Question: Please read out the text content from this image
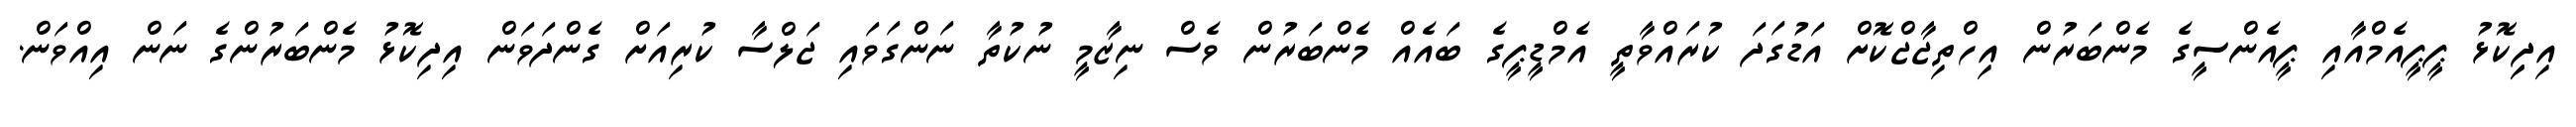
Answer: އިދިިކޮޅު ޕީޕީއެމްއާއި ޕީއެންސީގެ މެންބަރުން އިހްތިޖާޖްކޮށް އަޑުގަދަ ކުރައްވާތީ އެމްޑީޕީގެ ބައެއް މެންބަރުން ވެސް ނިޒާމީ ނުކުތާ ނަންގަވައި ޖަލްސާ ކުރިއަށް ގެންދަވަން އިދިކޮޅު މެންބަރުންގެ ނަން އިއްވަން.